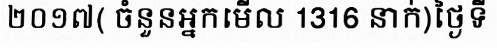
២០១៧( ចំនួនអ្នកមើល 1316 នាក់)ថ្ងៃទី